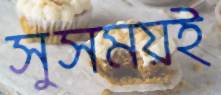
সুসময়ই